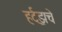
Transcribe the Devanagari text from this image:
हर्ट्‌झचे